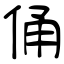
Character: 俑